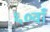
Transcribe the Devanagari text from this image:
६०वाँ